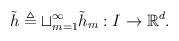
LaTeX: \begin{align*}\tilde{h}\triangleq\sqcup_{m=1}^{\infty}\tilde{h}_{m}:I\rightarrow\mathbb{R}^{d}.\end{align*}